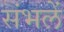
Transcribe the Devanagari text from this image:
संभलें